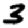
Digit: 3